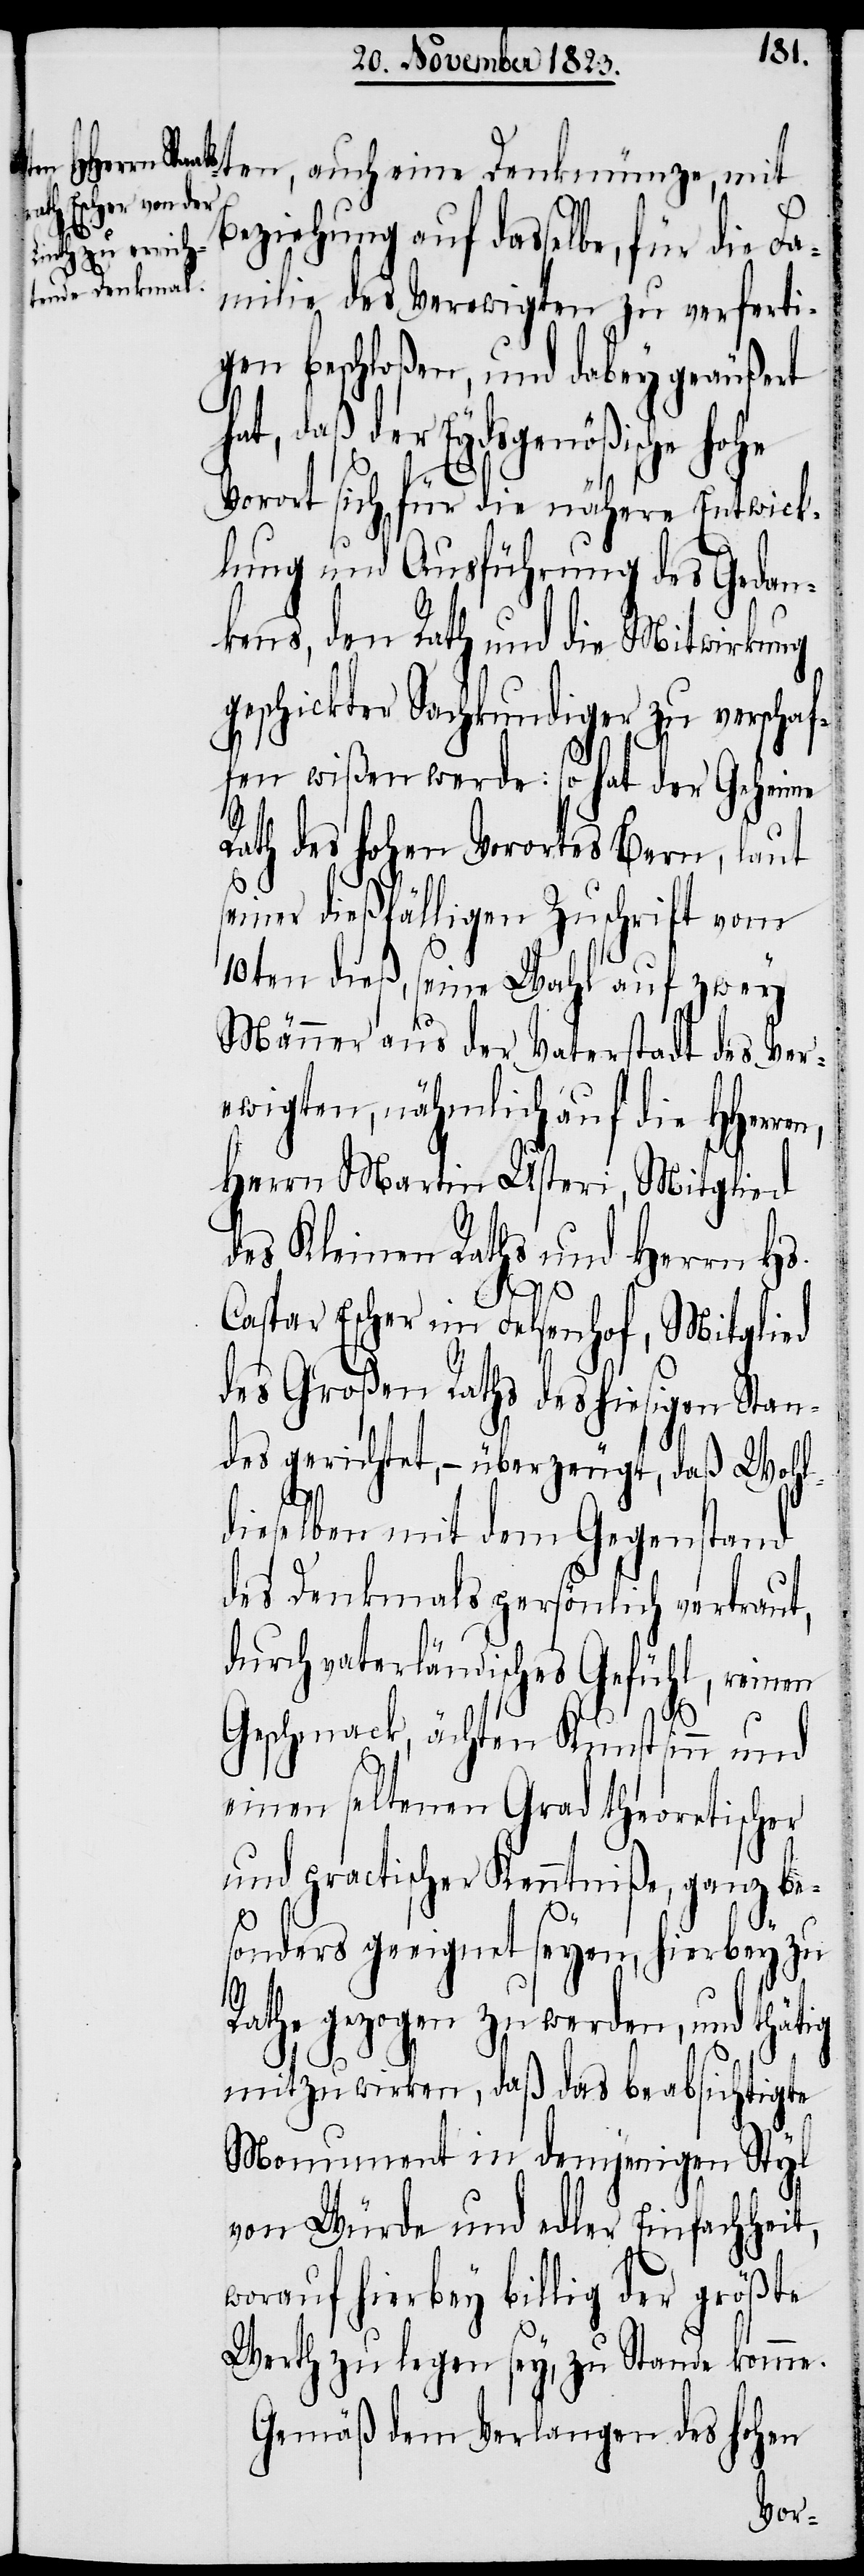
ten, auch eine Denkmünze, mit
Beziehung auf dasselbe, für die Fa¬
milie des Verewigten zu verferti¬
gen beschloßen, und dabey geäußert
hat, daß der Eydsgenößische hohe
Vorort sich für die nähere Entwick¬
lung und Ausführung des Gedan¬
kens, den Rath und die Mitwirkung
geschickter Sachkundiger zu verschaf¬
fen wißen werde: so hat der Geheime
Rath des hohen Vorortes Bern, laut
seiner dießfälligen Zuschrift vom
10ten dieß, seine Wahl auf zwey
Männer aus der Vaterstadt des Ver¬
ewigten, nähmlich auf die HHerren,
Herrn Martin Usteri, Mitglied
des Kleinen Raths und Herrn Hs.
Caspar Escher im Felsenhof, Mitglied
des Großen Raths des hiesigen Stan¬
des gerichtet, − überzeugt, daß Wohl¬
dieselben mit dem Gegenstand
des Denkmals persönlich vertraut,
durch vaterländisches Gefühl, reinen
Geschmack, ächten Kunstsinn und
einen seltenen Grad theoretischer
und practischer Kenntniße, ganz be¬
sonders geeignet seyen, hierbey zu
Rathe gezogen zu werden, und thätig
mitzuwirken, daß das beabsichtigte
Monument in demjenigen Styl
von Würde und aller Einfachheit,
worauf hierbey billig der größte
Werth zu legen sey, zu Stande komme.
Gemäß dem Verlangen des hohen